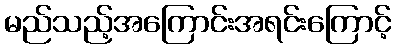
မည်သည့်အကြောင်းအရင်းကြောင့်